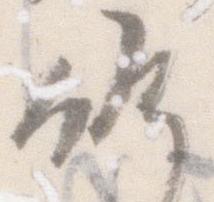
候